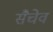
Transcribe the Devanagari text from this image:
सैचेव